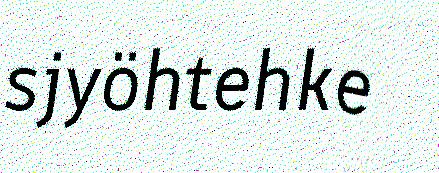
sjyöhtehke